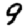
Digit: 9